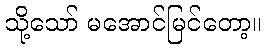
သို့သော် မအောင်မြင်တော့။